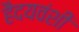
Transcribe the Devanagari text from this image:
हैदयवंशी